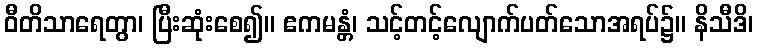
ဝီတိသာရေတွာ၊ ပြီးဆုံးစေ၍။ ဧကမန္တံ၊ သင့်တင့်လျောက်ပတ်သောအရပ်၌။ နိသီဒိ၊